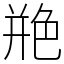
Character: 艵